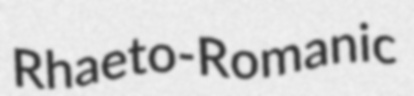
Rhaeto-Romanic